Civil Veterinary Department ledger series I-VI
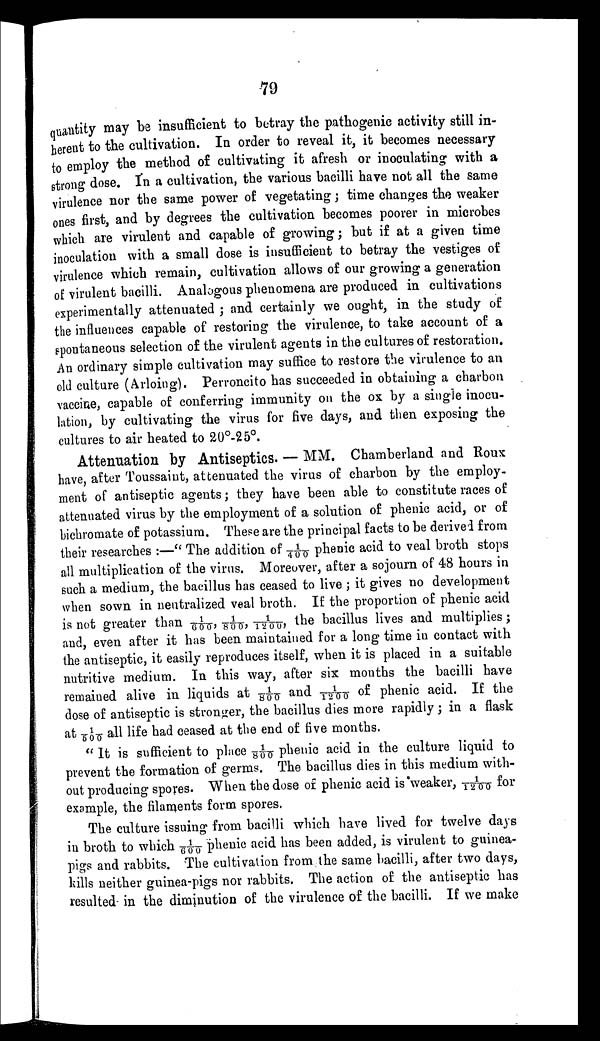
79
quantity may be insufficient to betray the pathogenic activity still in-
herent to the cultivation. In order to reveal it, it becomes necessary
to employ the method of cultivating it afresh or inoculating with a
strong dose. In a cultivation, the various bacilli have not all the same
virulence nor the same power of vegetating; time changes the weaker
ones first, and by degrees the cultivation becomes poorer in microbes
which are virulent and capable of growing; but if at a given time
inoculation with a small dose is insufficient to betray the vestiges of
virulence which remain, cultivation allows of our growing a generation
of virulent bacilli. Analogous phenomena are produced in cultivations
experimentally attenuated ; and certainly we ought, in the study of
the influences capable of restoring the virulence, to take account of a
spontaneous selection of the virulent agents in the cultures of restoration.
An ordinary simple cultivation may suffice to restore the virulence to an
old culture (Arloing). Perroncito has succeeded in obtaining a charbon
vaccine, capable of conferring immunity on the ox by a single inocu-
lation, by cultivating the virus for five days, and then exposing the
cultures to air heated to 20°-25°.
Attenuation by Antiseptics. — MM. Chamberland and Roux
have, after Toussaint, attenuated the virus of charbon by the employ-
ment of antiseptic agents; they have been able to constitute races of
attenuated virus by the employment of a solution of phenic acid, or of
bichromate of potassium. These are the principal facts to be derived from
their researches :—" The addition of 1/400 phenic acid to veal broth stops
all multiplication of the virus. Moreover, after a sojourn of 48 hours in
such a medium, the bacillus has ceased to live ; it gives no development
when sown in neutralized veal broth. If the proportion of phenic acid
is not greater than 1/600, 1/800, 1/1200, the bacillus lives and multiplies;
and, even after it has been maintained for a long time in contact with
the antiseptic, it easily reproduces itself, when it is placed in a suitable
nutritive medium. In this way, after six months the bacilli have
remained alive in liquids at 1/800 and 1/1200 of phenic acid. If the
dose of antiseptic is stronger, the bacillus dies more rapidly ; in a flask
at 1/500 all life had ceased at the end of five months.
" It is sufficient to place 1/800 phenic acid in the culture liquid to
prevent the formation of germs. The bacillus dies in this medium with-
out producing spores. When the dose of phenic acid is "weaker, 1/1200 for
example, the filaments form spores.
The culture issuing from bacilli which have lived for twelve days
in broth to which 1/600 phenic acid has been added, is virulent to guinea-
pigs and rabbits. The cultivation from the same bacilli, after two days,
kills neither guinea-pigs nor rabbits. The action of the antiseptic has
resulted in the diminution of the virulence of the bacilli. If we make